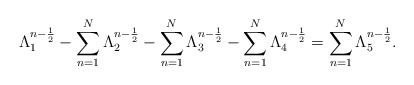
\begin{align*} \Lambda_1^{n-\frac{1}{2}}-\sum\limits_{n=1}^{N}\Lambda_2^{n-\frac{1}{2}}-\sum\limits_{n=1}^{N}\Lambda_3^{n-\frac{1}{2}}-\sum\limits_{n=1}^{N}\Lambda_4^{n-\frac{1}{2}}=\sum\limits_{n=1}^{N}\Lambda_5^{n-\frac{1}{2}}. \end{align*}